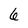
Character: 6